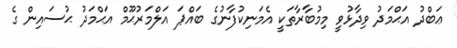
ޢަބްދު އަޙްމަދު ވިދާޅުވީ މިމުބާރާތަކީ އެމަނިކުފާނުގެ ބައްޕަ އަލްމަރުޙޫމް އަޙްމަދު ޙުސައިން ގެ